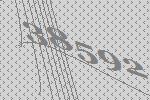
38592